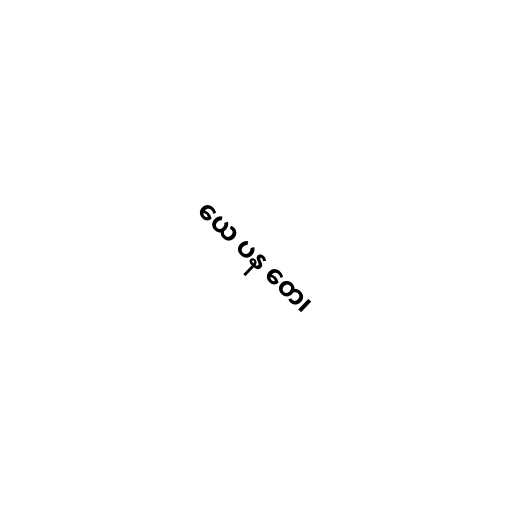
ယေ ပန တေ၊